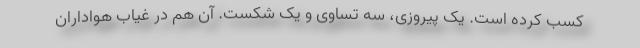
کسب کرده است. یک پیروزی، سه تساوی و یک شکست. آن هم در غیاب هواداران